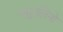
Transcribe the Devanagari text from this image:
न्युट्रलिनो